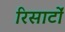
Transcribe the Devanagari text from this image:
रिसार्टों